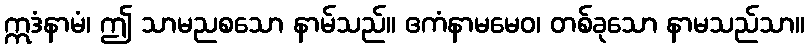
ဣဒံနာမံ၊ ဤ သာမညစသော နာမ်သည်။ ဧကံနာမမေဝ၊ တစ်ခုသော နာမသည်သာ။